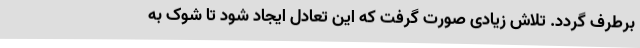
برطرف گردد. تلاش زیادی صورت گرفت که این تعادل ایجاد شود تا شوک به